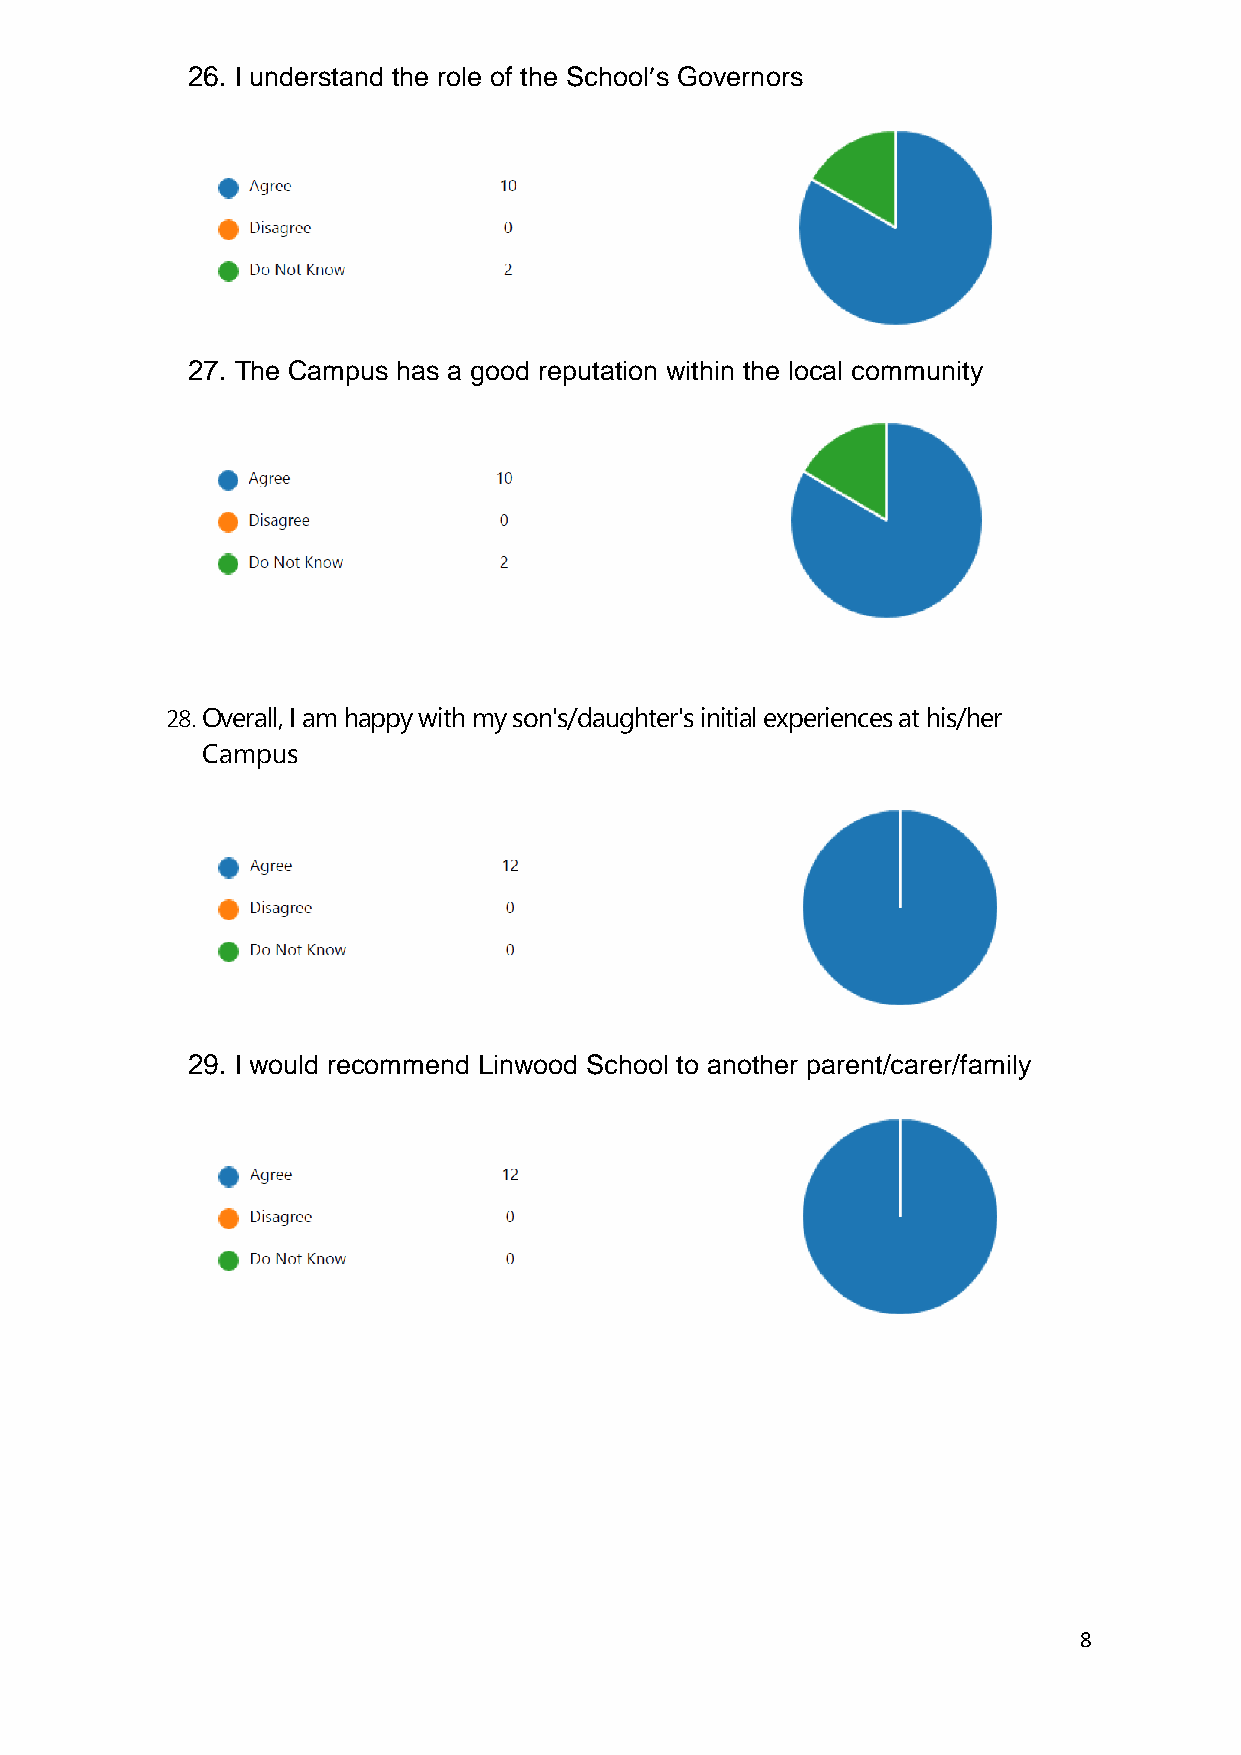
26. I understand the role of the School’s Governors
 27. The Campus has a good reputation within the local community
 28. Overall, I am happy with my son's/daughter's initial experiences at his/her
 Campus
 29. I would recommend Linwood School to another parent/carer/family
 8